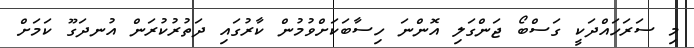
މި ސަރަހައްދަކީ ގަސްބޯ ޖަންގަލި އޮންނަ ހިސާބަކަށްވުމުން ކާރުގައި ދަތުރުކުރަން އުނދަގޫ ކަމަށް